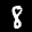
Label: 8